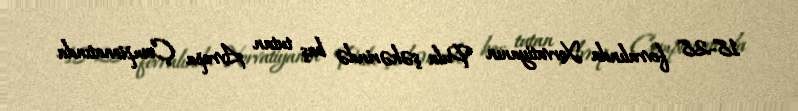
18-28 fevralında Xorvatiyanın Pula şəhərində baş tutan Avropa Çempionatında